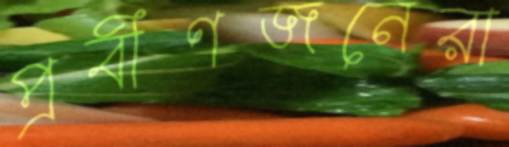
প্রবীণজনেরা